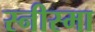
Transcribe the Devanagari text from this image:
स्नीस्मा